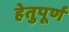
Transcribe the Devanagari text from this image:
हेतुपूर्ण